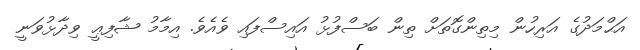
އަޙްމަދުގެ އަރިހުން މިތިންގޮތަށް ތިން ބަސްފުޅު އައިސްފައި ވެއެވެ. އިމާމު ޝާފިޢީ ވިދާޅުވަނީ